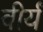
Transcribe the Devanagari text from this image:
वीर्यं